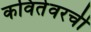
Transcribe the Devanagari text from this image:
कवितेवरची